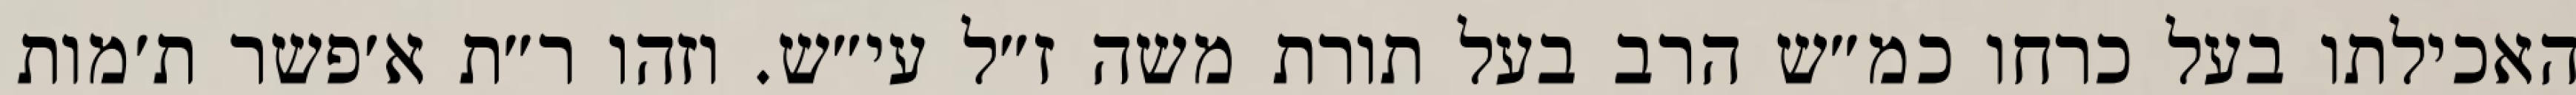
האכילתו בעל כרחו כמ״ש הרב בעל תורת משה ז״ל עי״ש. וזהו ר״ת א׳פשר ת׳מות